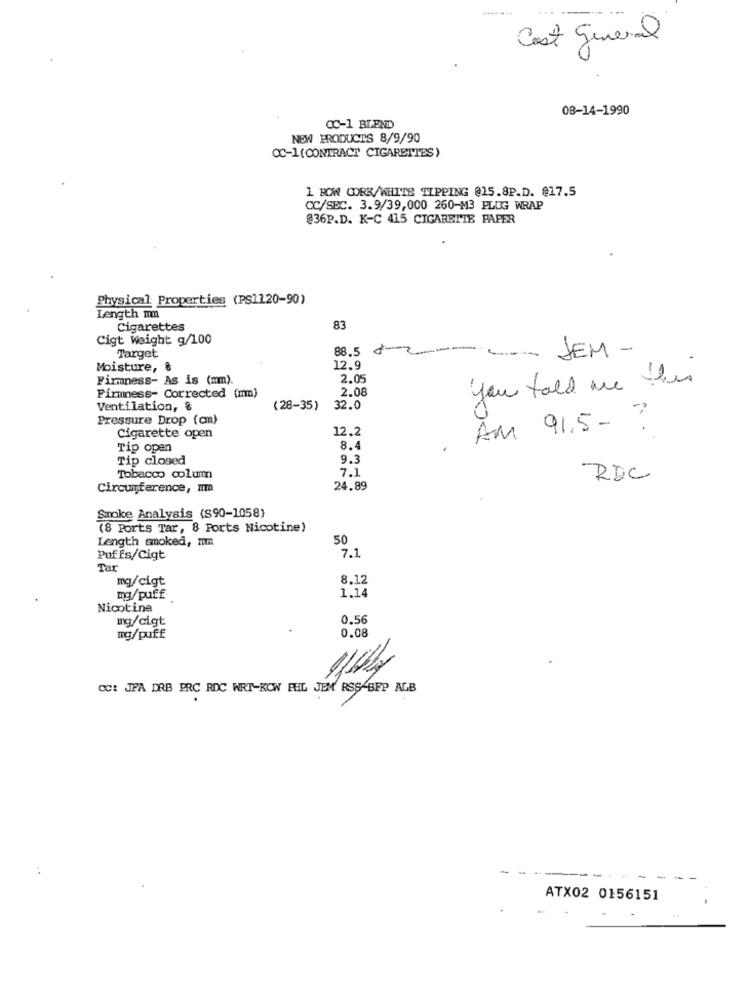
--
Cost general
08-14-1990
OC-1 BLEND
NEW PRODUCTS 8/9/90
OC-1(CONTRACT CIGARETTES)
1 BOW CORK/WHITE TIPPING @15.8P.D. @17.5
CC/SEC. 3.9/39,000 260-M3 PLUG WRAP
@36P.D. K-C 415 CIGARETTE PAPER
Physical Properties (PS1120-90)
Length mmn
Cigarettes
83
Cigt Weight g/100
Target
88.5
JEM-
Moisture, &
12.9
Firmness- As is (mm).
2.05
you told me this
2.08
Firmness- Corrected (mm)
Ventilation, &
(28-35)
32.0
Pressure Drop (an)
12.2
AM 91.5 - ?
Cigarette open
Tip open
8.4
Tip closed
9.3
7.1
Tobacco column
RDC
Circumference, IT
24.89
Smoke Analysis (S90-1058)
(8 Ports Tar, 8 Ports Nicotine)
Length smoked, mm
50
Puffs/Cigt
7.1
Tar
mg/cigt
8.12
1.14
mg/puff
Nicotine
mg/cigt
0.56
mg/puff
0.08
CC: JFA DRB ERC RDC WRT-KOW FEL JEM RSS BFP ALB
--
ATX02 0156151